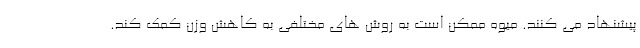
پیشنهاد می کنند. میوه ممکن است به روش های مختلفی به کاهش وزن کمک کند.